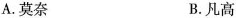
A.莫奈 B.凡高